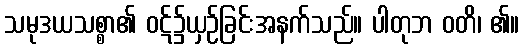
သမုဒယသစ္စာ၏ ဝဋ်၌ယှဉ်ခြင်းအနက်သည်။ ပါတုဘ ဝတိ၊ ၏။